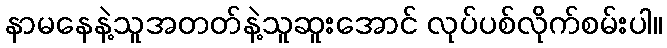
နာမနေနဲ့သူအတတ်နဲ့သူဆူးအောင် လုပ်ပစ်လိုက်စမ်းပါ။